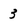
Character: 3